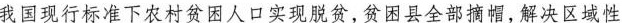
我国现行标准下农村贫困人口实现脱贫，贫困县全部摘帽，解决区域性